Papers set at the Examination for Leaving Certificates, 1890
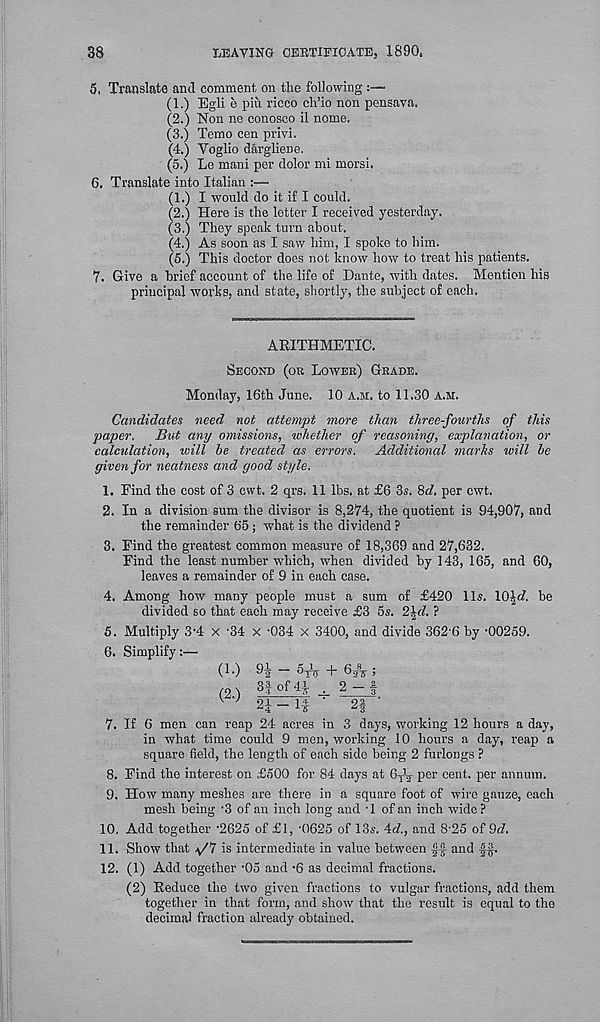
38
MAYING CEBTIFICATEj 1890.
5. Translate and comment on the following
(1.) Egli e pin ricco ch’io non pensava,
(2.) Non ne conosco il nome.
(3.) Temo cen privi.
(4.) Yoglio dargliene.
(5.) Le mani per dolor mi morsi.
6. Translate into Italian :—
(1.) I would do it if I could.
(2.) Here is the letter I received yesterday.
(3.) They speak turn about.
(4.) As soon as I saw him, I spoke to him.
(5.) This doctor does not know how to treat his patients.
7. Give a brief account of the life of Dante, with dates. Mention his
principal works, and state, shortly, the subject of each.
ARITHMETIC.
Second (or Lower) Grade.
Monday, 16th June. 10 a.m. to 11.30 a.m.
Candidates need not attempt more than three-fourths of this
paper. But any omissions, whether of reasoning, explanation, or
calculation, will be treated as errors. Additional marhs will be
given for neatness and good style.
1. Find the cost of 3 cwt. 2 qrs. 11 lbs. at £6 3s. 8d. per cwt.
2. In a division sum the divisor is 8,274, the quotient is 94,907, and
the remainder 65; what is the dividend ?
3. Find the greatest common measure of 18,369 and 27,632.
Find the least number which, when divided by 143, 165, and 60,
leaves a remainder of 9 in each case.
4. Among how many people must a sum of £420 11s. lO^d. be
divided so that each may receive £3 5s. 2\d. ?
5. Multiply 3 - 4 X -34 x -034 X 3400, and divide 362 6 by •00259.
6. Simplify:—
(1-)
(2.)
oi _
"2
3f of 44
IF-Tf
TTT + 6 JV >
2-1
7. If 6 men can reap 24 acres in 3 days, working 12 hours a day,
in what time could 9 men, working 10 hours a day, reap a
square field, the length of each side being 2 furlongs ?
8. Find the interest on £500 for 84 days at Gf? per cent, per annum.
9. How many meshes are there in a square foot of wire gauze, each
mesh being - 3 of an inch long and J of an inch wide ?
10. Add together '2625 of £1, '0625 of 13s. 4d., and 8'25 of 9d.
11. Show that \/7 is intermediate in value between ■ §!■ and ■ §§.
12. (1) Add together '05 and *6 as decimal fractions.
(2) Reduce the two given fractions to vulgar fractions, add them
together in that form, and show that the result is equal to the
decimal fraction already obtained.